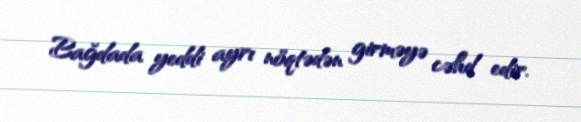
Bağdada yeddi ayrı nöqtədən girməyə cəhd edir.